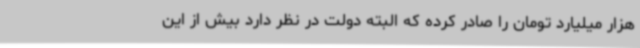
هزار میلیارد تومان را صادر کرده که البته دولت در نظر دارد بیش از این